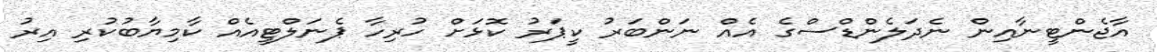
އާޖެންޓީނާއިން ނެދަލެންޑްސްގެ އެއް ނަންބަރު ކީޕަރު ކޮޅަށް ހުރިހާ ޕެނަލްޓީއެއް ކާމިޔާބުކުރި އިރު